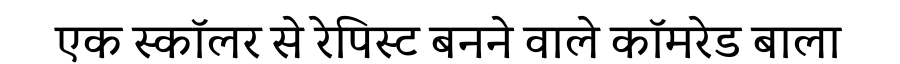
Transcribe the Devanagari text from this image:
एक स्कॉलर से रेपिस्ट बनने वाले कॉमरेड बाला